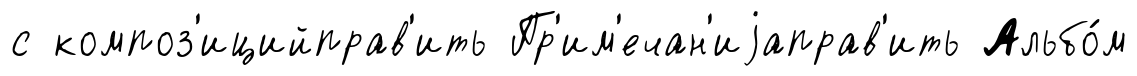
с композ'ицийправ'ить Пр'им'ечан'иjаправ'ить Альбо́м